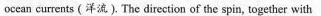
occan currents(洋流).The direction of the spin, together with